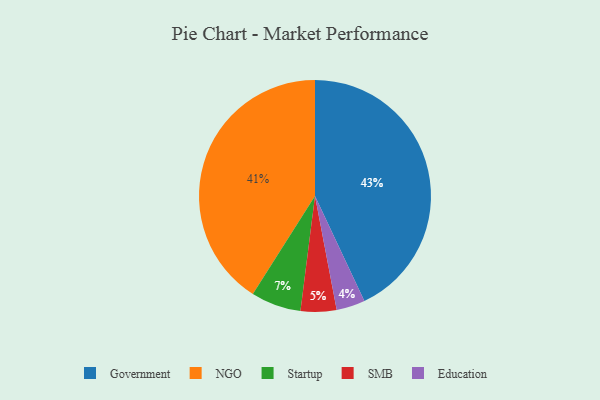
{"axis": {"x": "Category", "y": "Percentage"}, "legend": ["Education", "Government", "NGO", "SMB", "Startup"], "data": [{"x": "Startup", "y": 7, "type": "Startup"}, {"x": "NGO", "y": 41, "type": "NGO"}, {"x": "Education", "y": 4, "type": "Education"}, {"x": "SMB", "y": 5, "type": "SMB"}, {"x": "Government", "y": 43, "type": "Government"}]}